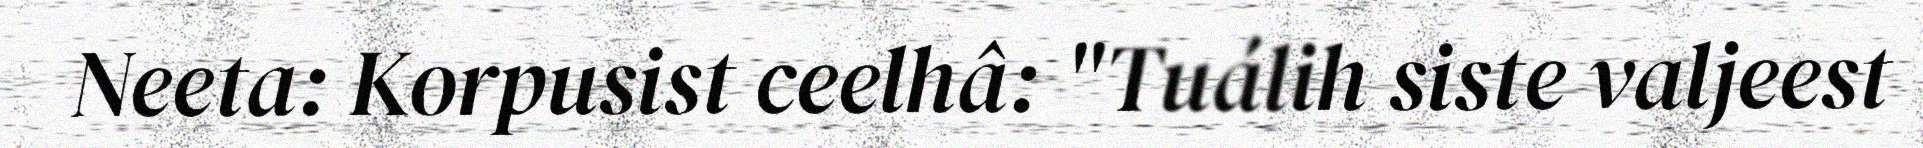
Neeta: Korpusist ceelhâ: "Tuálih siste valjeest